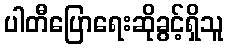
ပါတီပြောရေးဆိုခွင့်ရှိသူ